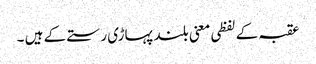
عقبہ کے لفظی معنی بلند پہاڑی رستے کے ہیں ۔